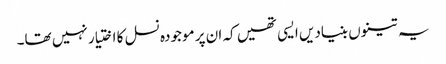
یہ تینوں بنیادیں ایسی تھیں کہ ان پر موجودہ نسل کا اختیار نہیں تھا۔